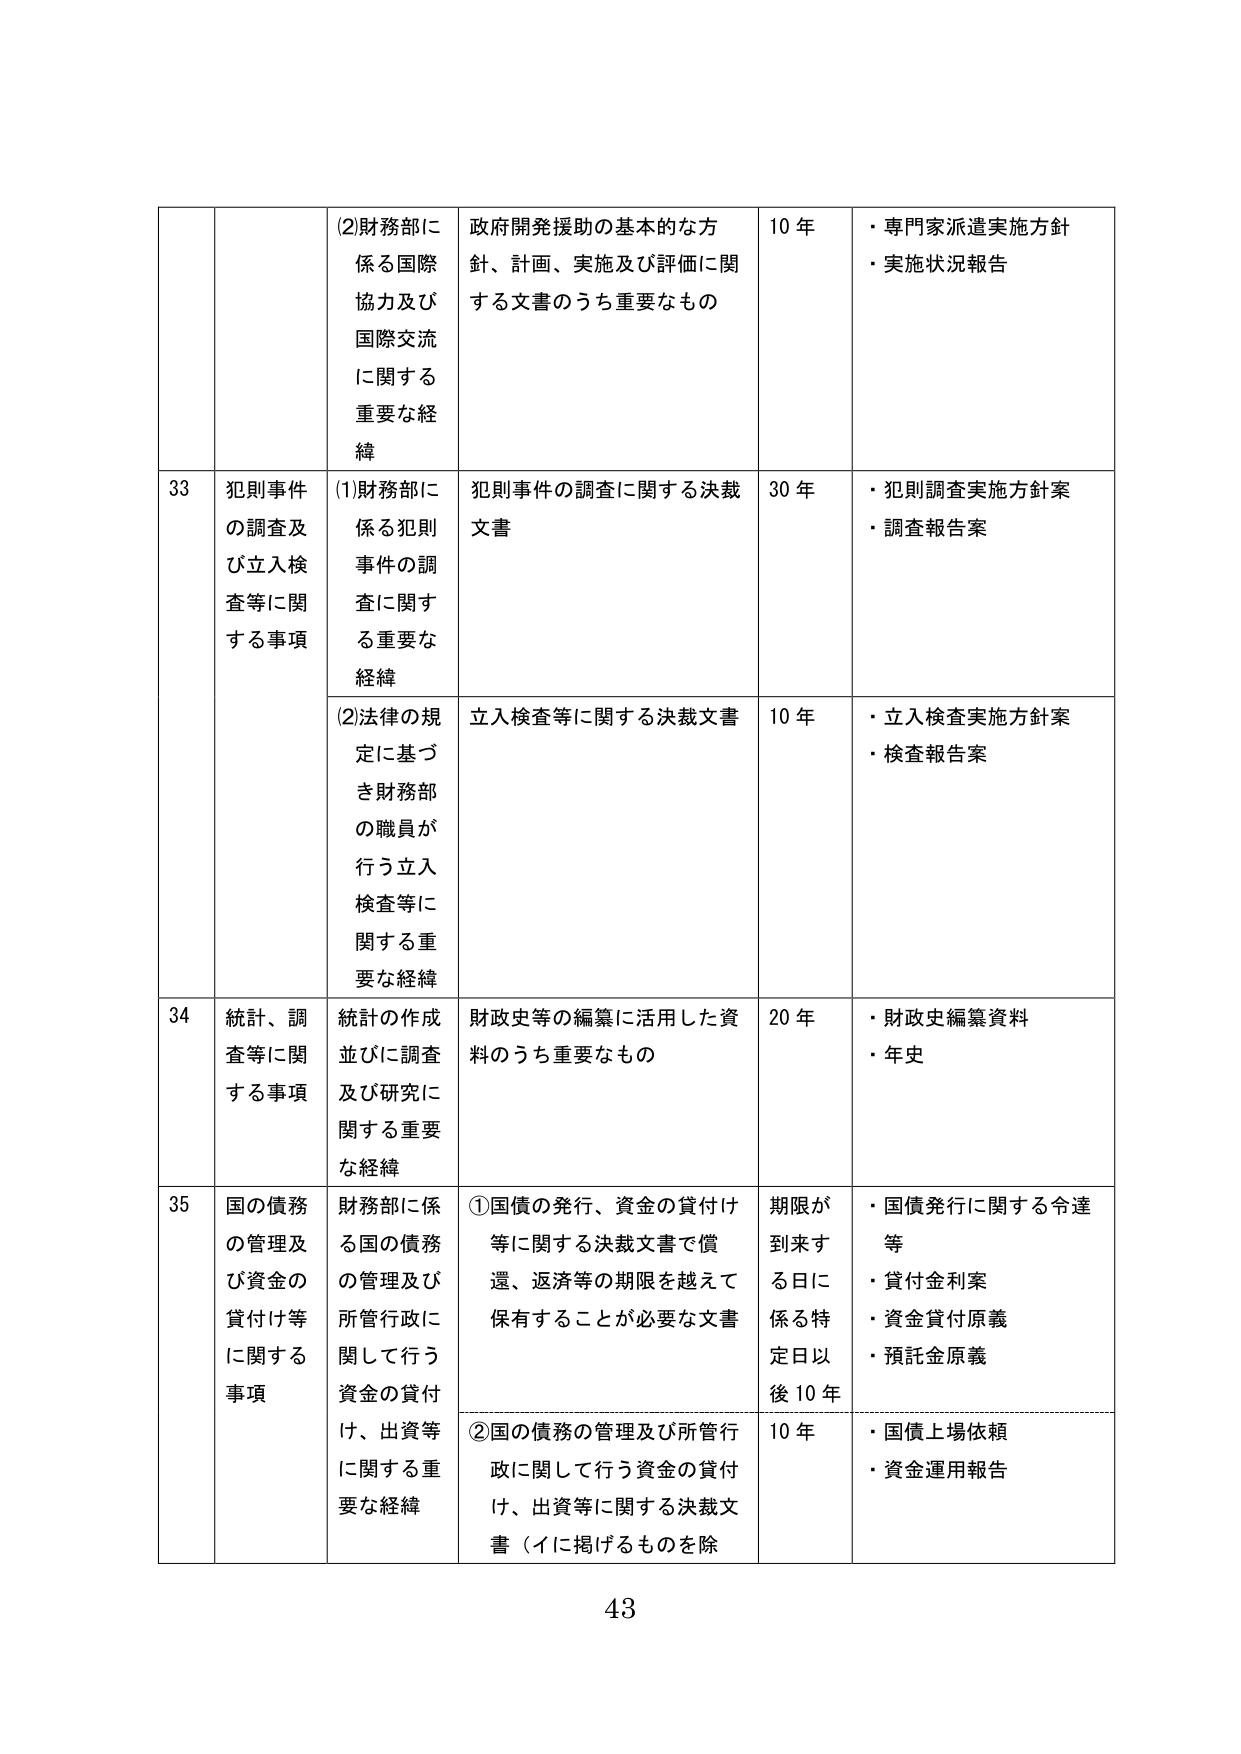
(2)財務部に係る国際協力及び国際交流に関する重要な経緯
政府開発援助の基本的な方針、計画、実施及び評価に関する文書のうち重要なもの
10 年
・専門家派遣実施方針
・実施状況報告

33 犯則事件の調査及び立入検査等に関する事項
(1)財務部に係る犯則事件の調査に関する重要な経緯
犯則事件の調査に関する決裁文書
30 年
・犯則調査実施方針案
・調査報告案

(2)法律の規定に基づき財務部の職員が行う立入検査等に関する重要な経緯
立入検査等に関する決裁文書
10 年
・立入検査実施方針案
・検査報告案

34 統計、調査等に関する事項
統計の作成並びに調査及び研究に関する重要な経緯
財政史等の編纂に活用した資料のうち重要なもの
20 年
・財政史編纂資料
・年史

35 国の債務の管理及び資金の貸付け等に関する事項
財務部に係る国の債務の管理及び所管行政に関して行う資金の貸付け、出資等に関する重要な経緯
①国債の発行、資金の貸付け等に関する決裁文書で償還、返済等の期限を越えて保有することが必要な文書
期限が到来する日に係る特定日以後 10 年
・国債発行に関する令達等
・貸付金利率
・資金貸付原義
・預託金原義

②国の債務の管理及び所管行政に関して行う資金の貸付け、出資等に関する決裁文書（イに掲げるものを除
10 年
・国債上場依頼
・資金運用報告

43